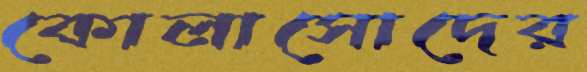
কোলাসোদের